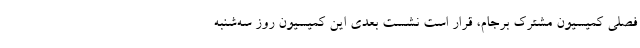
فصلی کمیسیون مشترک برجام، قرار است نشست بعدی این کمیسیون روز سه‌شنبه